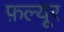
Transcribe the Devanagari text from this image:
फ़ल्यूर